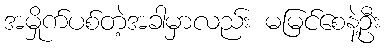
အမှိုက်ပစ်တဲ့အခါမှာလည်း မမြင်စေနဲ့ဦး